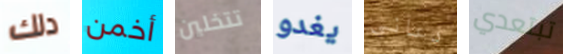
دلك أخمن تتخلين يغدو دعاني تبتعدي